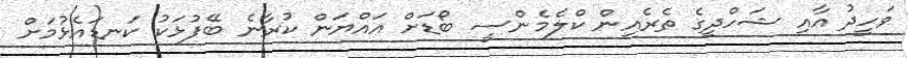
ވަހީދު އާއި ޝަހްދީގެ ތެރެއިން ކްލެމެންސީ ބޯޑަށް އައްޔަން ކުރާނެ ބޭފުޅަކު ކަނޑައެޅުމަށް